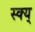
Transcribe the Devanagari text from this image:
स्क्य्